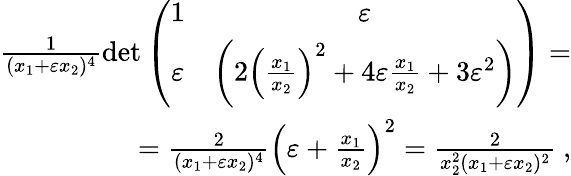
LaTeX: \begin{array}{r}{\frac{1}{(x_{1}+\varepsilon x_{2})^{4}}\operatorname*{det}\left(\begin{array}{cc}{1}&{\varepsilon}\\ {\varepsilon}&{\left(2\left(\frac{x_{1}}{x_{2}}\right)^{2}+4\varepsilon\frac{x_{1}}{x_{2}}+3\varepsilon^{2}\right)}\end{array}\right)=}\\ {=\frac{2}{(x_{1}+\varepsilon x_{2})^{4}}\left(\varepsilon+\frac{x_{1}}{x_{2}}\right)^{2}=\frac{2}{x_{2}^{2}(x_{1}+\varepsilon x_{2})^{2}}\ ,}\end{array}